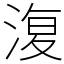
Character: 𣸪